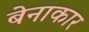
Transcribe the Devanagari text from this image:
बेनाकार